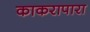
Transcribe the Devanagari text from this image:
काकरापारा